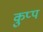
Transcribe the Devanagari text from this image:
कुप्प